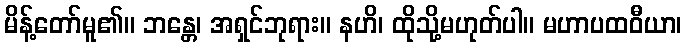
မိန့်တော်မူ၏။ ဘန္တေ၊ အရှင်ဘုရား။ နဟိ၊ ထိုသို့မဟုတ်ပါ။ မဟာပထဝီယာ၊